Piroplasma canis and its life cycle in the tick - Number 29
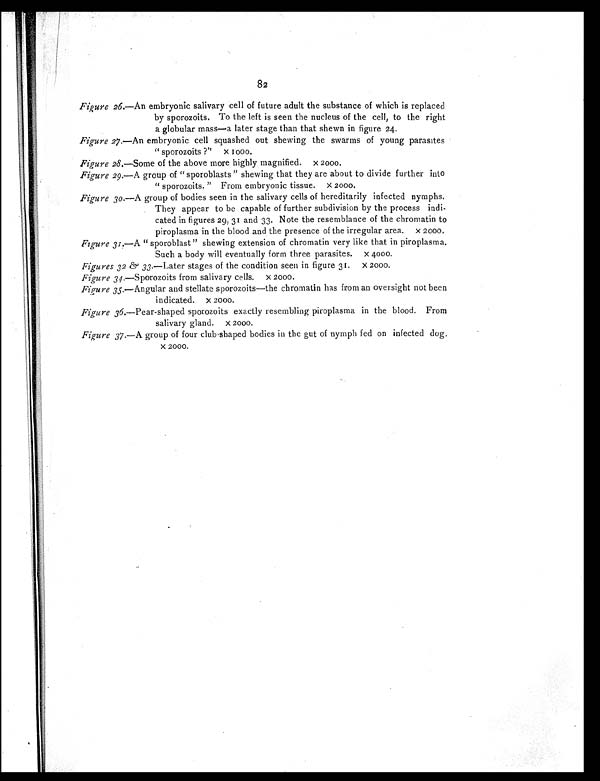
82
Figure 26.—An embryonic salivary cell of future adult the substance of which is replaced
by sporozoits. To the left is seen the nucleus of the cell, to the right
a globular mass—a later stage than that shewn in figure 24.
Figure 27. —An embryonic cell squashed out shewing the swarms of young parasites
"sporozoits ?" × 1000.
Figure 28. —Some of the above more highly magnified. × 2000.
Figure 29.—A group of "sporoblasts" shewing that they are about to divide further into
"sporozoits." From embryonic tissue. × 2000.
Figure 30.—A group of bodies seen in the salivary cells of hereditarily infected nymphs.
They appear to be capable of further subdivision by the process indi-
cated in figures 29, 31 and 33. Note the resemblance of the chromatin to
piroplasma in the blood and the presence of the irregular area. × 2000.
Figure 31.—A" sporoblast" shewing extension of chromatin very like that in piroplasma.
Such a body will eventually form three parasites. × 4000.
Figures 32 & 33. —Later stages of the condition seen in figure 31. × 2000.
Figure 34.—Sporozoits from salivary cells. × 2000.
Figure 35.—Angular and stellate sporozoits—the chromatin has from an oversight not been
indicated. × 2000.
Figure 36. —Pear-shaped sporozoits exactly resembling piroplasma in the blood. From
salivary gland. × 2000.
Figure 37.—A group of four club shaped bodies in the gut of nymph fed on infected dog,
× 2000.